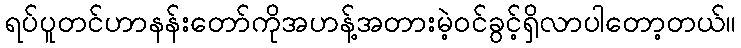
ရပ်ပူတင်ဟာနန်းတော်ကိုအဟန့်အတားမဲ့ဝင်ခွင့်ရှိလာပါတော့တယ်။